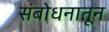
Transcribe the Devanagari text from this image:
संबोधनातून